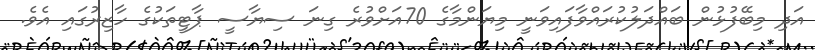
އަދި މިބޭފުޅުން ބައްދަލުކުރައްވާފައިވަނީ މިޔަންމާގެ 70އަށްވުރެ ގިނަ ސިޔާސީ ޕާޓީތަކުގެ ހާޒިރުގައި އެވެ.